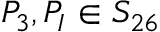
P _ { 3 } , P _ { I } \in S _ { 2 6 }